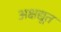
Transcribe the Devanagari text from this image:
अक्षद्यूत